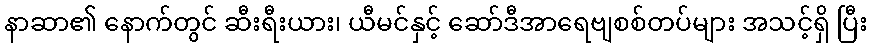
နာဆာ၏ နောက်တွင် ဆီးရီးယား၊ ယီမင်နှင့် ဆော်ဒီအာရေဗျစစ်တပ်များ အသင့်ရှိ ပြီး